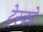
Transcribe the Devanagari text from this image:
ट्रेस्को